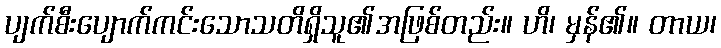
ပျက်စီးပျောက်ကင်းသောသတိရှိသူ၏အဖြစ်တည်း။ ဟိ၊ မှန်၏။ တာယ၊